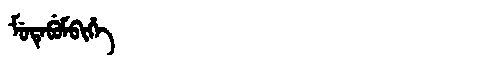
Manchu: ᠮᡠᡨᡝᠪᡠᠮᠪᡳᡥᡝ
Romanization: MUTEBUMBIHE